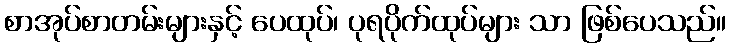
စာအုပ်စာတမ်းများနှင့် ပေထုပ်၊ ပုရပိုက်ထုပ်များ သာ ဖြစ်ပေသည်။